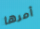
أمرها